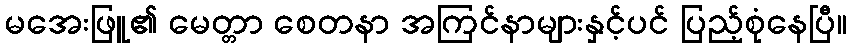
မအေးဖြူ၏ မေတ္တာ စေတနာ အကြင်နာများနှင့်ပင် ပြည့်စုံနေပြီ။